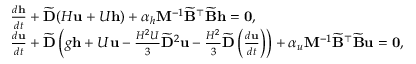
\begin{array} { r l } & { \frac { d \mathbf { h } } { d t } + \widetilde { \mathbf { D } } ( H \mathbf { u } + U \mathbf { h } ) + \alpha _ { h } \mathbf { M } ^ { - 1 } \widetilde { \mathbf { B } } ^ { \top } \widetilde { \mathbf { B } } \mathbf { h } = \mathbf { 0 } , } \\ & { \frac { d \mathbf { u } } { d t } + \widetilde { \mathbf { D } } \left( g \mathbf { h } + U \mathbf { u } - \frac { H ^ { 2 } U } { 3 } \widetilde { \mathbf { D } } ^ { 2 } \mathbf { u } - \frac { H ^ { 2 } } { 3 } \widetilde { \mathbf { D } } \left( \frac { d \mathbf { u } } { d t } \right) \right) + \alpha _ { u } \mathbf { M } ^ { - 1 } \widetilde { \mathbf { B } } ^ { \top } \widetilde { \mathbf { B } } \mathbf { u } = \mathbf { 0 } , } \end{array}